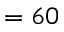
= 6 0